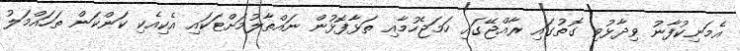
އެމަނިކުފާނު ވިދާޅުވި ގޮތުގައި ރާއްޖޭގައި ހަމަޖެހުމާއި ތަޅާފޮޅުން ނައްތާލުމަށްޓަކައި އެކިއެކި ކަންކަން ތަހައްމަލު